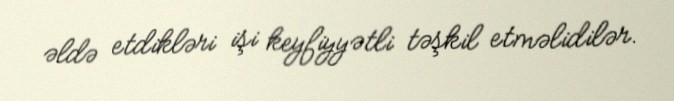
əldə etdikləri işi keyfiyyətli təşkil etməlidilər.